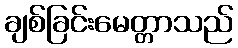
ချစ်ခြင်းမေတ္တာသည်